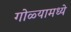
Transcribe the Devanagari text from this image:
गोळ्यामध्ये